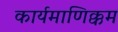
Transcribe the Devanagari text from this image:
कार्यमाणिक्कम